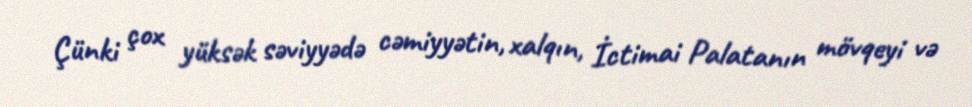
Çünki çox yüksək səviyyədə cəmiyyətin, xalqın, İctimai Palatanın mövqeyi və